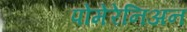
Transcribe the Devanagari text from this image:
पोमेरेनिअन